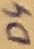
Text: D4